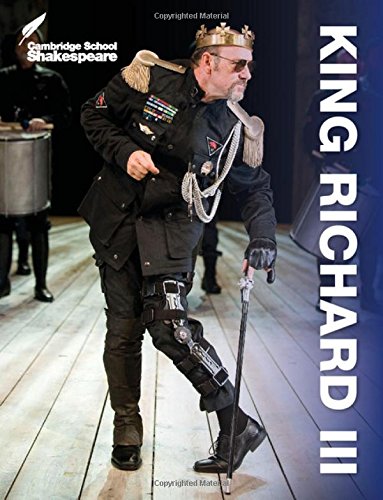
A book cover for King Richard III (Cambridge School Shakespeare); Rex Gibson; Children's Books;